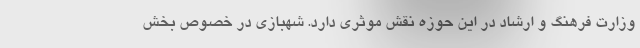
وزارت فرهنگ و ارشاد در این حوزه نقش موثری دارد. شهبازی در خصوص بخش